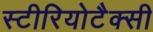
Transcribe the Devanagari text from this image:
स्टीरियोटैक्सी